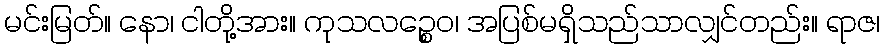
မင်းမြတ်။ နော၊ ငါတို့အား။ ကုသလဉ္စေဝ၊ အပြစ်မရှိသည်သာလျှင်တည်း။ ရာဇ၊